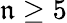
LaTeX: \mathfrak{n}\geq5